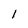
Character: l